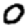
Digit: 0